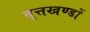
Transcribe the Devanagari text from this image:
वृत्तखण्डों